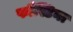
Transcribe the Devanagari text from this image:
फौस्टिना